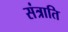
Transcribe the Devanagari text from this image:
संत्राति